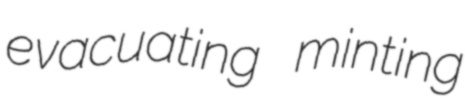
evacuating minting